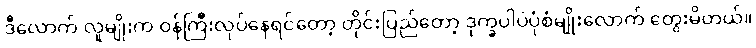
ဒီလောက် လူမျိုးက ဝန်ကြီးလုပ်နေရင်တော့ တိုင်းပြည်တော့ ဒုက္ခပါပဲပုံစံမျိုးလောက် တွေးမိတယ်။